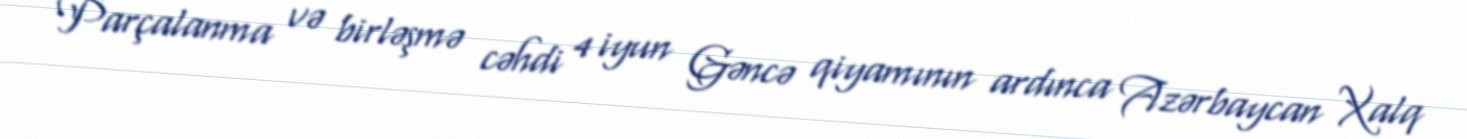
Parçalanma və birləşmə cəhdi 4 iyun Gəncə qiyamının ardınca Azərbaycan Xalq